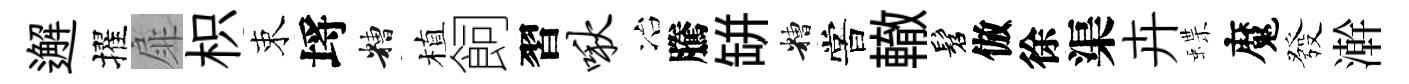
邂擢扉枳束埓糟植飼習啾冶騰缾糟嘗轍髫倣徐渠卉蝶魔發澣